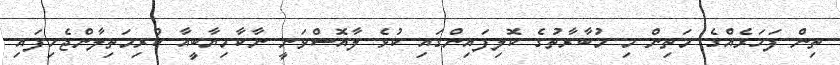
ތިން ފަހަރެއްގެ މަތިން މި މުބާރާތުގެ ކޮލިފައިންގައި ކުޅެ ލާއޮސްވަނީ ނާކާމިޔާބީއާ ކުރިމަތިލާންޖެހިފައި